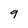
Character: 9